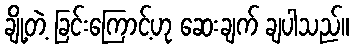
ချို့တဲ့ ခြင်းကြောင့်ဟု ဆေးချက် ချပါသည်။